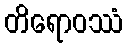
တိရောဝဿံ